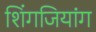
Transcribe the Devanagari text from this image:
शिंगजियांग